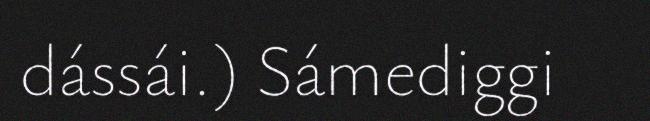
dássái.) Sámediggi